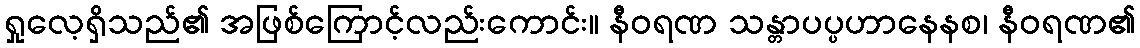
ရှုလေ့ရှိသည်၏ အဖြစ်ကြောင့်လည်းကောင်း။ နီဝရဏ သန္တာပပ္ပဟာနေနစ၊ နီဝရဏ၏